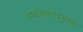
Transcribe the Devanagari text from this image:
डाईफेनहाइड्रामिन